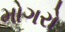
મોગરો